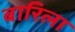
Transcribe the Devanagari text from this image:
बारिला